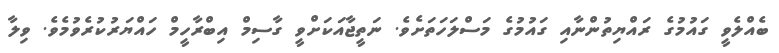
ބެއްލެވީ ގައުމުގެ ރައްޔިތުންނާއި ގައުމުގެ މަސްލަހަތަށެވެ. ނަތީޖާއަކަށްވީ ގާސިމް އިބްރާހީމް ހައްޔަރުކުރެވުމެވެ. ވިލާ